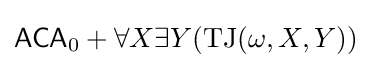
{\mathsf {ACA}}_{0}+\forall X\exists Y({\textrm {TJ}}(\omega ,X,Y))